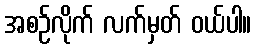
အစဉ်လိုက် လက်မှတ် ဝယ်ပါ။